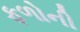
ફળોની